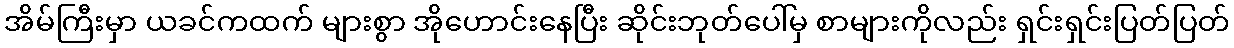
အိမ်ကြီးမှာ ယခင်ကထက် များစွာ အိုဟောင်းနေပြီး ဆိုင်းဘုတ်ပေါ်မှ စာများကိုလည်း ရှင်းရှင်းပြတ်ပြတ်